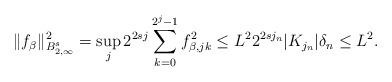
LaTeX: \begin{align*}\|f_\beta\|_{B_{{2},\infty}^s}^2=\sup_{j}2^{2sj}\sum_{k=0}^{2^j-1}f_{\beta, jk}^2 \leq L^22^{2s j_n}|K_{j_n}|\delta_n \leq L^2.\end{align*}